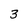
Character: 3